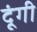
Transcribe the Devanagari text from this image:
दूंगी